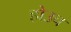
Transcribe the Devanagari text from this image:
होउच